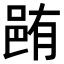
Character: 𨚼